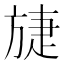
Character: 𣄂